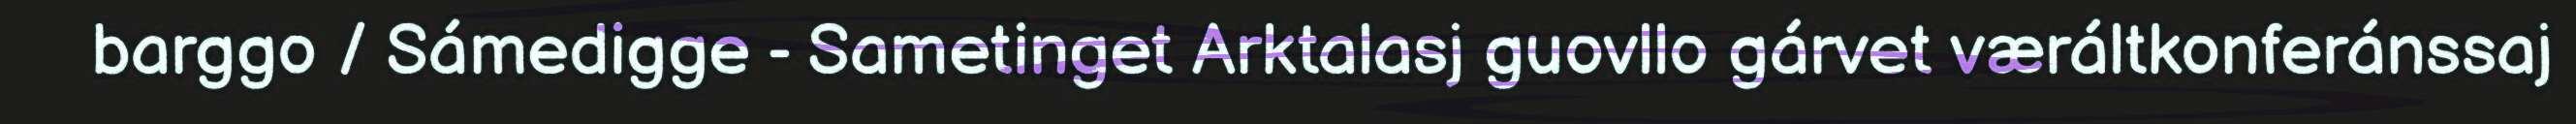
barggo / Sámedigge - Sametinget Arktalasj guovllo gárvet væráltkonferánssaj